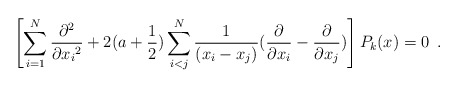
\begin{align*}\left[ \sum_{i=1}^{N} \frac{\partial^2}{\partial {x_i}^2} + 2 (a + \frac {1}{2}) \sum_{i<j}^N \frac{1}{(x_i - x_j)}(\frac{\partial}{\partial x_i} -\frac{\partial}{\partial x_j}) \right]P_k (x) = 0 \,\,\,.\end{align*}